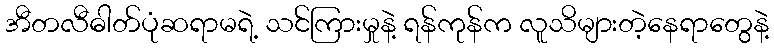
အီတလီဓါတ်ပုံဆရာမရဲ့ သင်ကြားမှုနဲ့ ရန်ကုန်က လူသိများတဲ့နေရာတွေနဲ့